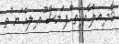
ާމ ިއލް ާއ ިތ ްފ ަމސް ޫޢ ިލއް ަޔ ުތ